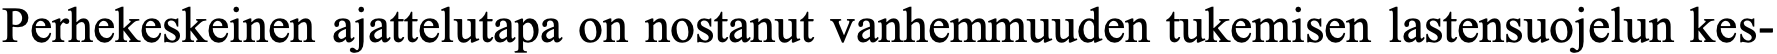
Perhekeskeinen ajattelutapa on nostanut vanhemmuuden tukemisen lastensuojelun kes-